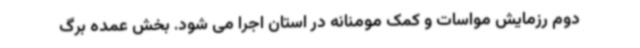
دوم رزمایش مواسات و کمک مومنانه در استان اجرا می شود. بخش عمده برگ